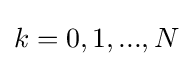
k=0,1,...,N